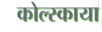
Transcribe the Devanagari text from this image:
कोल्स्काया